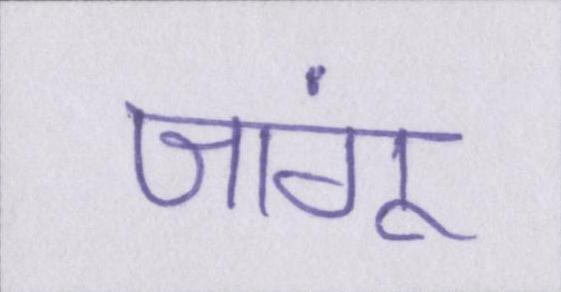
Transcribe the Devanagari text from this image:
जांगू